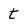
Character: t